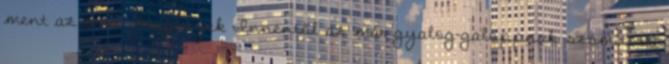
ment az orra. Szegények Innentől az már gyalog-galoppnak számított,